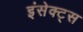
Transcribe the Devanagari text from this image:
इंसेक्ट्स